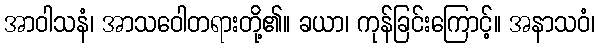
အာဝါသနံ၊ အာသဝေါတရားတို့၏။ ခယာ၊ ကုန်ခြင်းကြောင့်။ အနာသဝံ၊